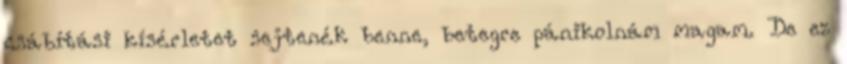
csábítási kísérletet sejtenék benne, betegre pánikolnám magam. De ez